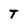
Character: T